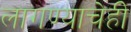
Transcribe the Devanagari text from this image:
लागण्याचेही